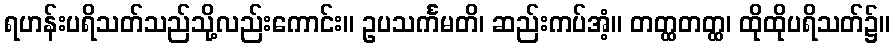
ရဟန်းပရိသတ်သည်သို့လည်းကောင်း။ ဥပသင်္ကမတိ၊ ဆည်းကပ်အံ့။ တတ္ထတတ္ထ၊ ထိုထိုပရိသတ်၌။